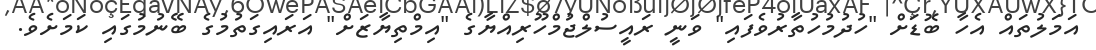
އަމަލުތައް އެހާ ބޮޑަށް "ހުދުމުހުތާރުވެފައި" ވަނީ ރައީސުލްޖުމްހޫރިއްޔާގެ "އިމްތިޔާޒަށް" އަރައިގަތުމުގެ ބޭނުމުގައި ކަމަށެވެ.